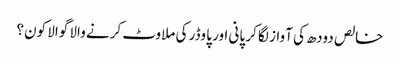
خالص دودھ کی آواز لگا کر پانی اور پاوڈر کی ملاوٹ کرنے والا گوالا کون؟